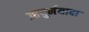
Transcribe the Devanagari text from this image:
आयुर्मयादा